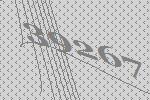
39267